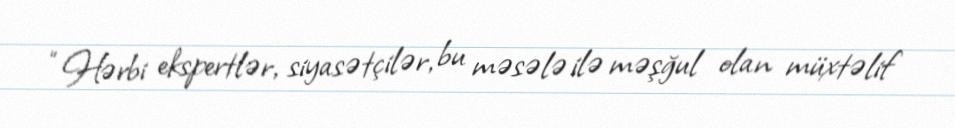
“Hərbi ekspertlər, siyasətçilər, bu məsələ ilə məşğul olan müxtəlif